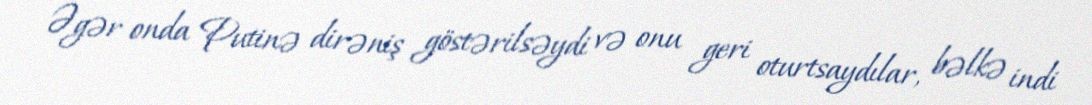
Əgər onda Putinə dirəniş göstərilsəydi və onu geri oturtsaydılar, bəlkə indi